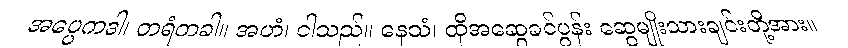
အပ္ပေကဒါ၊ တရံတခါ။ အဟံ၊ ငါသည်။ နေသံ၊ ထိုအဆွေခင်ပွန်း ဆွေမျိုးသားချင်းတို့အား။